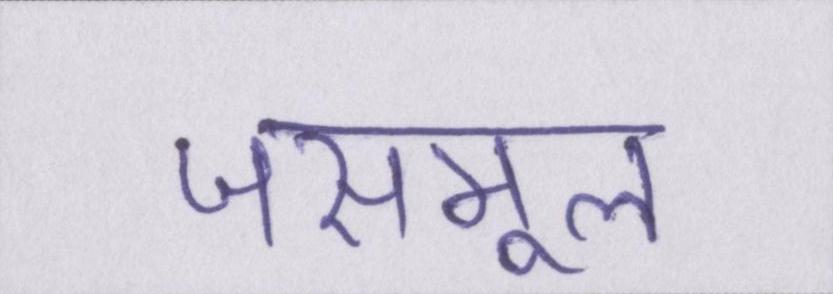
जसमूल